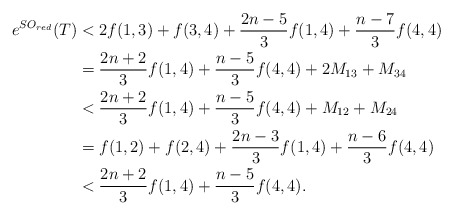
\begin{align*}e^{SO_{red}}(T)&<2f(1,3)+f(3,4)+\frac{2n-5}{3}f(1,4)+\frac{n-7}{3}f(4,4)\\&=\frac{2n+2}{3}f(1,4)+\frac{n-5}{3}f(4,4)+2M_{13}+M_{34}\\&<\frac{2n+2}{3}f(1,4)+\frac{n-5}{3}f(4,4)+M_{12}+M_{24}\\&=f(1,2)+f(2,4)+\frac{2n-3}{3}f(1,4)+\frac{n-6}{3}f(4,4)\\&<\frac{2n+2}{3}f(1,4)+\frac{n-5}{3}f(4,4).\end{align*}